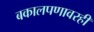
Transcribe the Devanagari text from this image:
बकालपणावरही